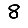
Digit: 8